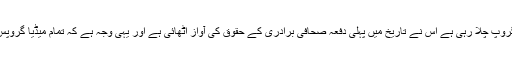
اس کی سب سے بڑی وجہ یہ ہے کہ ایگزیکٹ کمپنی جو کہ بول گروپ چلا رہی ہے اس نے تاریخ میں پہلی دفعہ صحافی برادری کے حقوق کی آواز اٹھائی ہے اور یہی وجہ ہے کہ تمام میڈیا گروپس کے نامور صحافی اس وقت آپ کو بول کی ٹیم میں نظر آئیں گے۔